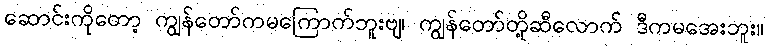
ဆောင်းကိုတော့ ကျွန်တော်ကမကြောက်ဘူးဗျ၊ ကျွန်တော်တို့ဆီလောက် ဒီကမအေးဘူး။